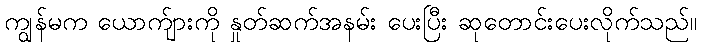
ကျွန်မက ယောက်ျားကို နှုတ်ဆက်အနမ်း ပေးပြီး ဆုတောင်းပေးလိုက်သည်။